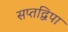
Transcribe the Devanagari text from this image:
सप्तद्विपा